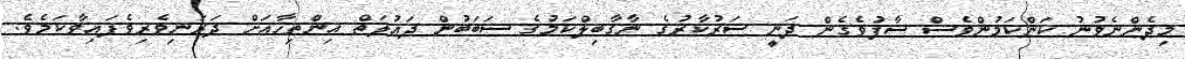
މިދެންނެވުނު ކަންކަމުންވެސް ސާފުވެގެން ދަނީ ސަރުކާރުގެ ނާގާބިލްކަމުގެ ސަބަބުން ދައުލަތް އިންތިހާއަށް ދަރަނިވެރިވެފައިވާކަމެވެ.